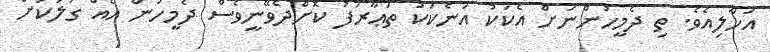
އަހާލިއެވެ. ތި ދެމީހުންނަށް އެކަކު އަނެކަކު ތަޢާރަފު ކޮށްދެވޭނީވެސް ދެމީހުން އެއް ގަލަކަށް